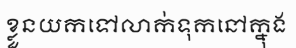
ខ្លួនយកទៅលាក់ទុកនៅក្នុង